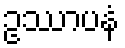
ဥဿာပနံ